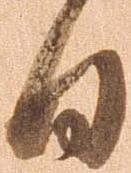
日